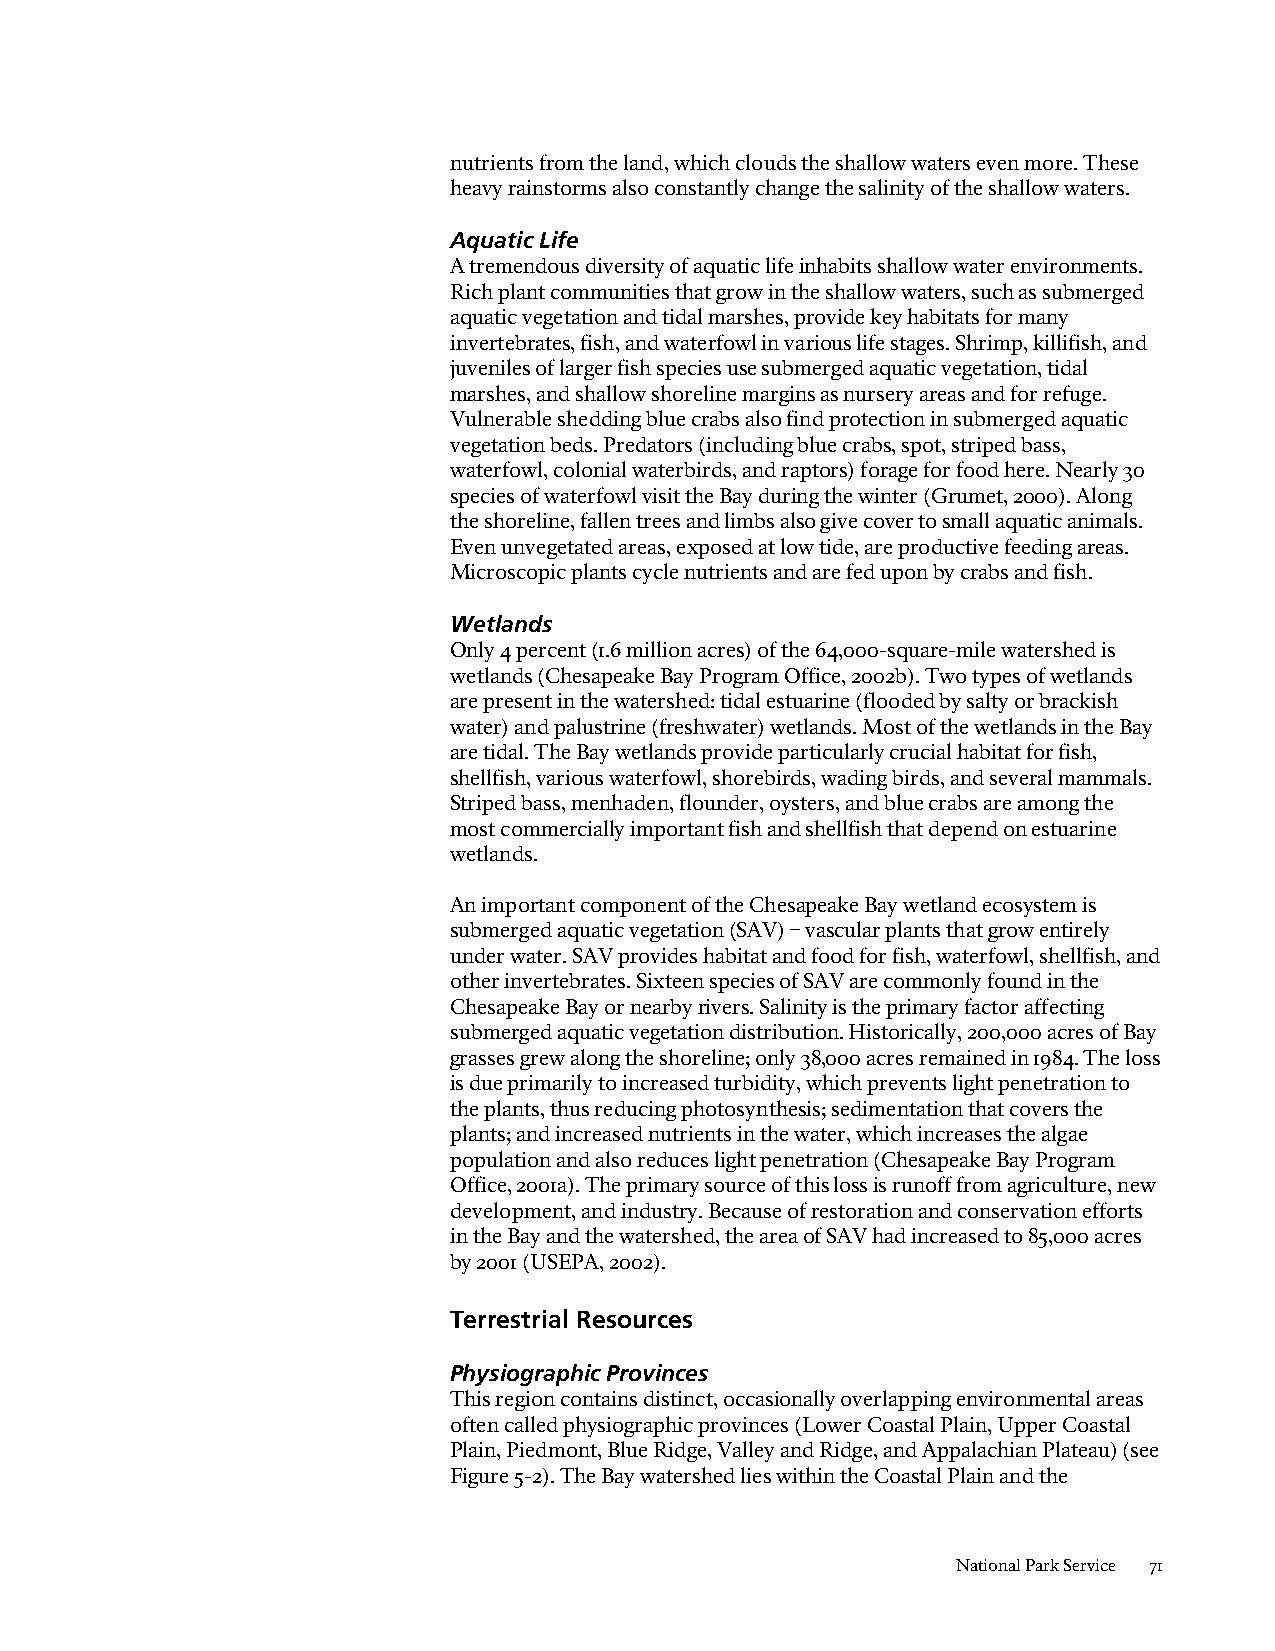
nutrients from the land, which clouds the shallow waters even more. These
 heavy rainstorms also constantly change the salinity of the shallow waters.
 Aquatic Life
 A tremendous diversity of aquatic life inhabits shallow water environments.
 Rich plant communities that grow in the shallow waters, such as submerged
 aquatic vegetation and tidal marshes, provide key habitats for many
 invertebrates, fish, and waterfowl in various life stages. Shrimp, killifish, and
 juveniles of larger fish species use submerged aquatic vegetation, tidal
 marshes, and shallow shoreline margins as nursery areas and for refuge.
 Vulnerable shedding blue crabs also find protection in submerged aquatic
 vegetation beds. Predators (including blue crabs, spot, striped bass,
 waterfowl, colonial waterbirds, and raptors) forage for food here. Nearly 30
 species of waterfowl visit the Bay during the winter (Grumet, 2000). Along
 the shoreline, fallen trees and limbs also give cover to small aquatic animals.
 Even unvegetated areas, exposed at low tide, are productive feeding areas.
 Microscopic plants cycle nutrients and are fed upon by crabs and fish.
 Wetlands
 Only 4 percent (1.6 million acres) of the 64,000-square-mile watershed is
 wetlands (Chesapeake Bay Program Office, 2002b). Two types of wetlands
 are present in the watershed: tidal estuarine (flooded by salty or brackish
 water) and palustrine (freshwater) wetlands. Most of the wetlands in the Bay
 are tidal. The Bay wetlands provide particularly crucial habitat for fish,
 shellfish, various waterfowl, shorebirds, wading birds, and several mammals.
 Striped bass, menhaden, flounder, oysters, and blue crabs are among the
 most commercially important fish and shellfish that depend on estuarine
 wetlands.
 An important component of the Chesapeake Bay wetland ecosystem is
 submerged aquatic vegetation (SAV) – vascular plants that grow entirely
 under water. SAV provides habitat and food for fish, waterfowl, shellfish, and
 other invertebrates. Sixteen species of SAV are commonly found in the
 Chesapeake Bay or nearby rivers. Salinity is the primary factor affecting
 submerged aquatic vegetation distribution. Historically, 200,000 acres of Bay
 grasses grew along the shoreline; only 38,000 acres remained in 1984. The loss
 is due primarily to increased turbidity, which prevents light penetration to
 the plants, thus reducing photosynthesis; sedimentation that covers the
 plants; and increased nutrients in the water, which increases the algae
 population and also reduces light penetration (Chesapeake Bay Program
 Office, 2001a). The primary source of this loss is runoff from agriculture, new
 development, and industry. Because of restoration and conservation efforts
 in the Bay and the watershed, the area of SAV had increased to 85,000 acres
 by 2001 (USEPA, 2002).
 Terrestrial Resources
 Physiographic Provinces
 This region contains distinct, occasionally overlapping environmental areas
 often called physiographic provinces (Lower Coastal Plain, Upper Coastal
 Plain, Piedmont, Blue Ridge, Valley and Ridge, and Appalachian Plateau) (see
 Figure 5-2). The Bay watershed lies within the Coastal Plain and the
 National Park Service 71